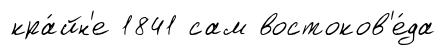
кра́йн'е 1841 сам востоков'е́да